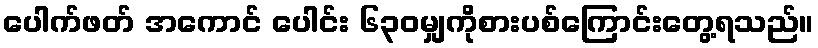
ပေါက်ဖတ် အကောင် ပေါင်း ၆၃၀မျှကိုစားပစ်ကြောင်းတွေ့ရသည်။